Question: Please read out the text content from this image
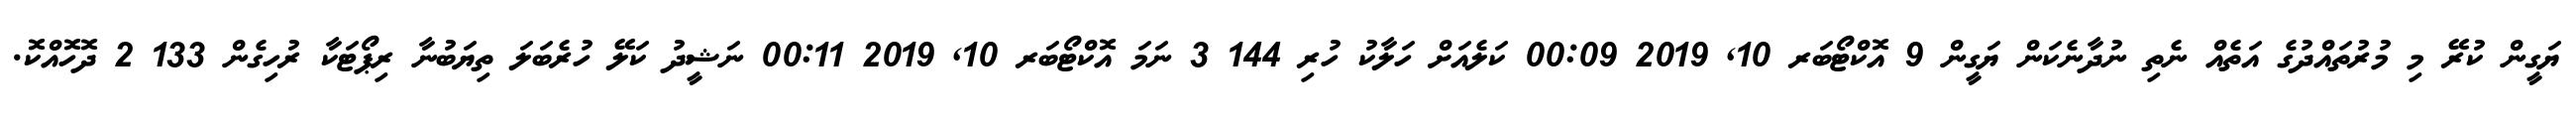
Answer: ޔަގީން ކުރޭ މި މުރުތައްދުގެ އަތެއް ނެތި ނުދާނެކަން ޔަގީން 9 އޮކްޓޯބަރ 10, 2019 00:09 ކަލެއަށް ހަލާކު ހުރި 144 3 ނަމަ އޮކްޓޯބަރ 10, 2019 00:11 ނަޝީދު ކަލޭ ހުރެބަލަ ތިޔަބުނާ ރިޕޯޓަކާ ރުހިގެން 133 2 ދޮހޮއްކޮ.